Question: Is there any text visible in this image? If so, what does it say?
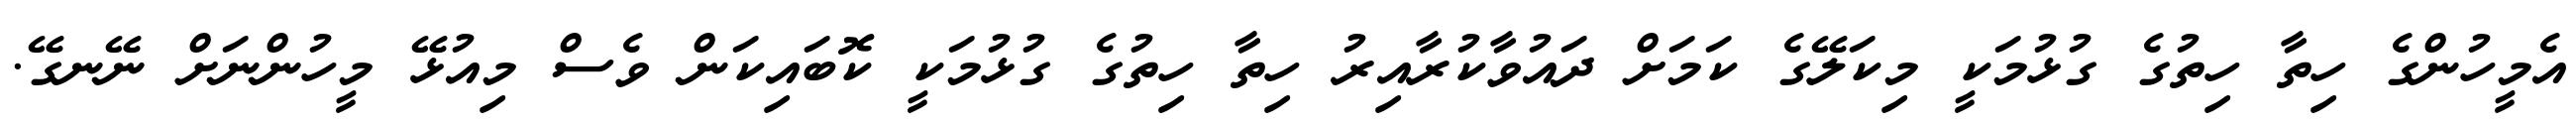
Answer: އެމީހުންގެ ހިތާ ހިތުގެ ގުޅުމަކީ މިކަލޭގެ ކަމަށް ދައުވާކުރާއިރު ހިތާ ހިތުގެ ގުޅުމަކީ ކޮބައިކަން ވެސް މިއުޅޭ މީހުންނަށް ނޭނގޭ.